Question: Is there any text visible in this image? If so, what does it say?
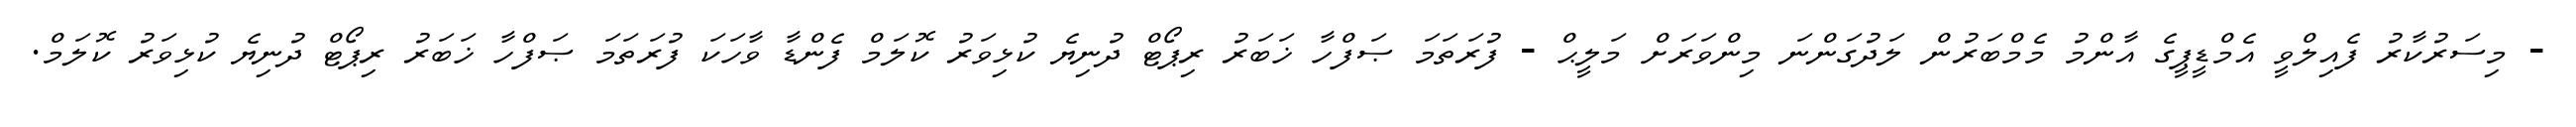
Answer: - މިސަރުކާރު ފެއިލްވީ އެމްޑީޕީގެ އާންމު މެމްބަރުން ލަދުގަންނަ މިންވަރަށް މަލީޙް - ފުރަތަމަ ޞަފްހާ ޚަބަރު ރިޕޯޓް ދުނިޔެ ކުޅިވަރު ކޮލަމް ފެންޑާ ވާހަކަ ފުރަތަމަ ޞަފްހާ ޚަބަރު ރިޕޯޓް ދުނިޔެ ކުޅިވަރު ކޮލަމް.